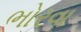
ભોરવા